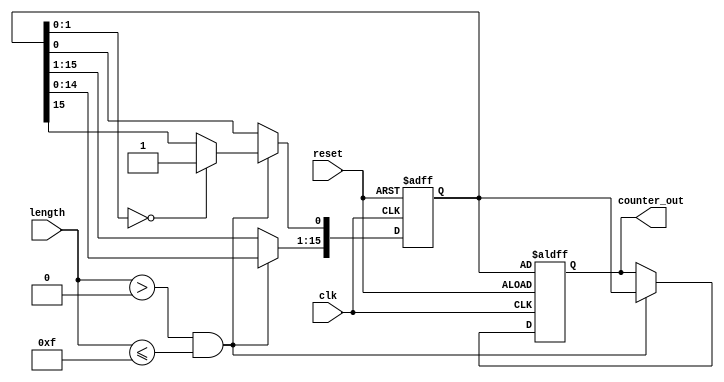
module variable_length_ring_counter (
    input wire clk,               // Clock signal
    input wire reset,             // Asynchronous reset signal
    input wire [3:0] length,      // Control input for the number of flip-flops (max 15)
    output reg [15:0] counter_out  // Output for the current state of the counter
);

    // Maximum number of flip-flops
    parameter MAX_LENGTH = 15;

    // Internal variable to hold the current state
    reg [15:0] state;

    always @(posedge clk or posedge reset) begin
        if (reset) begin
            // Initialize the counter to the first flip-flop set to '1'
            state <= 16'b0000000000000001;
            counter_out <= state;
        end else if (length > 0 && length <= MAX_LENGTH) begin
            // Shift the active state to the next flip-flop
            state <= {state[14:0], state[15]};
            // Ensure only the configured number of flip-flops are active
            if (state[length-1:0] == 0) begin
                state[0] <= 1; // Set the first flip-flop if all are inactive
            end
            counter_out <= state;
        end
    end

endmodule